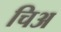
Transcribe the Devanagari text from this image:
चिअ